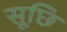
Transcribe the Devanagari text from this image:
सूछि